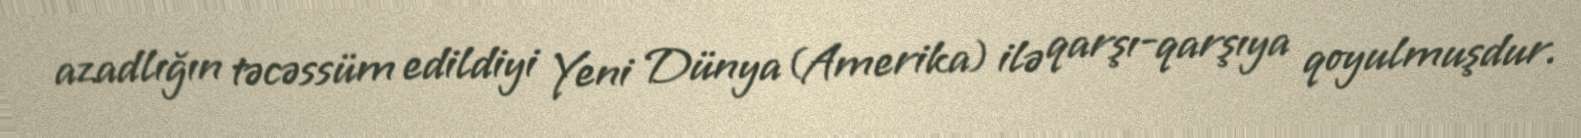
azadlığın təcəssüm edildiyi Yeni Dünya (Amerika) ilə qarşı-qarşıya qoyulmuşdur.